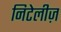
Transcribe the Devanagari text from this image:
निटेलीज़